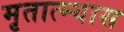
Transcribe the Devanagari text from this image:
मृतात्म्यास